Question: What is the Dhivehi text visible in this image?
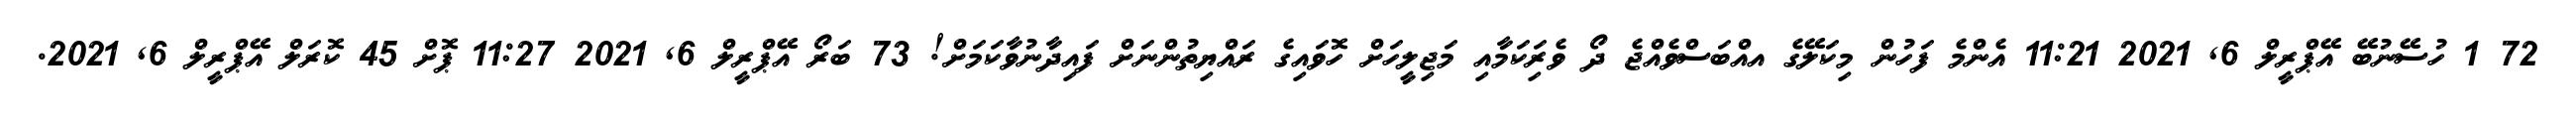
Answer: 72 1 ހުސޭނުބޭ އޭޕްރީލް 6, 2021 11:21 އެންމެ ފަހުން މިކަލޭގެ އއްބަސްވެއްޖެ ދޯ ވެރިަކަމާއި މަޖިލީހަށް ހޮވައިގެ ރައްޔިތުންނަށް ފައިދާނުވާކަމަށް! 73 ބަރޯ އޭޕްރީލް 6, 2021 11:27 ޕޮށް 45 ކޮރަލް އޭޕްރީލް 6, 2021.